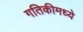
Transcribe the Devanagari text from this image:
गतिकीमध्ये